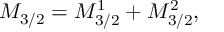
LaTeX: { \cal M } _ { 3 / 2 } = { \cal M } _ { 3 / 2 } ^ { 1 } + { \cal M } _ { 3 / 2 } ^ { 2 } ,